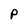
Character: P